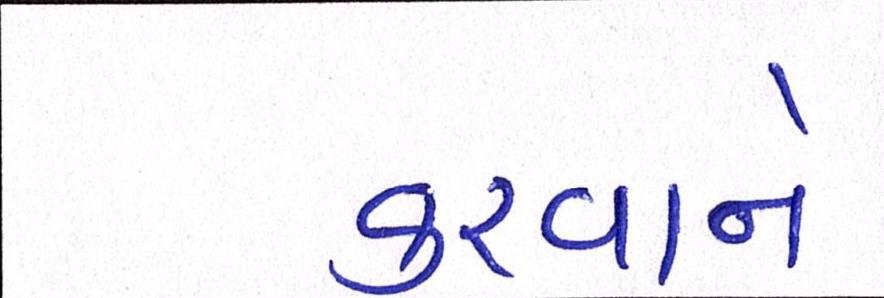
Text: કરવાને